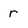
Character: r